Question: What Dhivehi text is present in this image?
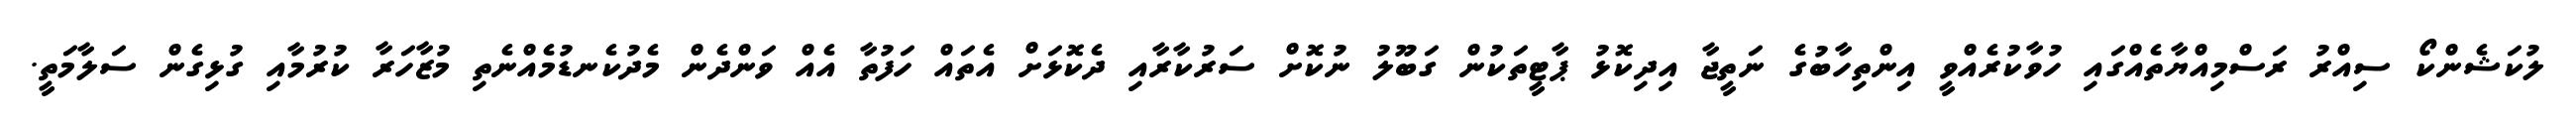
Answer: ލުކަޝެންކޯ ސިއްރު ރަސްމިއްޔާތެއްގައި ހުވާކުރެއްވީ އިންތިހާބުގެ ނަތީޖާ އިދިކޮޅު ޕާޓީތަކުން ގަބޫލު ނުކޮށް ސަރުކާރާއި ދެކޮޅަށް އެތައް ހަފުތާ އެއް ވަންދެން މެދުކެނޑުމެއްނެތި މުޒާހަރާ ކުރުމާއި ގުޅިގެން ސަލާމަތީ.